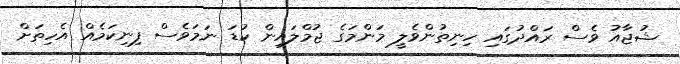
ޝުޖާއު ވެސް ރައްދުގައި ހިނިތުންވެލީ މަންމަގެ ޖުމްލައިން ކުޑަ ނަމަވެސް ފިނިކަމެއް އެހިތަށް